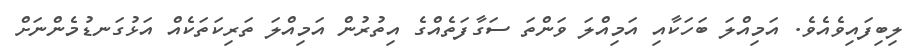
ލިބިފައިވެއެވެ. އަމިއްލަ ބަހަކާއި އަމިއްލަ ވަންތަ ސަގާފަތެއްގެ އިތުރުން އަމިއްލަ ތަރިކަތަކެއް އަޅުގަނޑުމެންނަށް